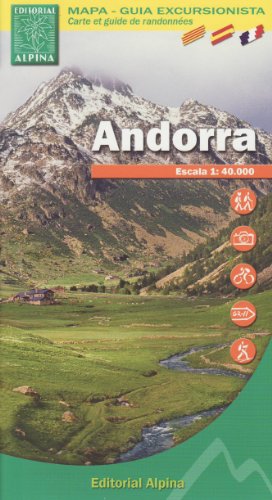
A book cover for Andorra: ALPI.010; Alpina; Travel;